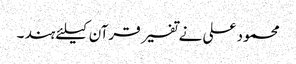
محمود علی نے تفسیر قرآن کیلئے ہند ۔